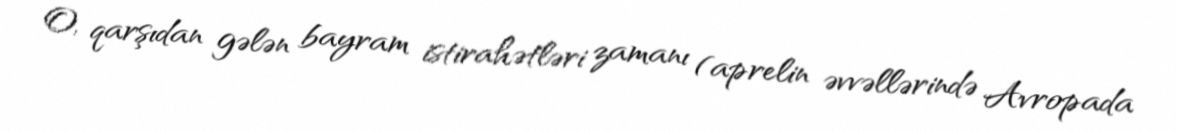
O, qarşıdan gələn bayram istirahətləri zamanı (aprelin əvvəllərində Avropada